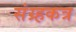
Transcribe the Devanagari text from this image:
संग्र्हकत्र